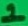
Text: 1